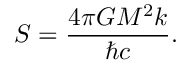
S = { \frac { 4 \pi G M ^ { 2 } k } { \hbar c } } .